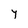
Character: y